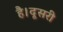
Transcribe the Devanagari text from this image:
है।दूसरी